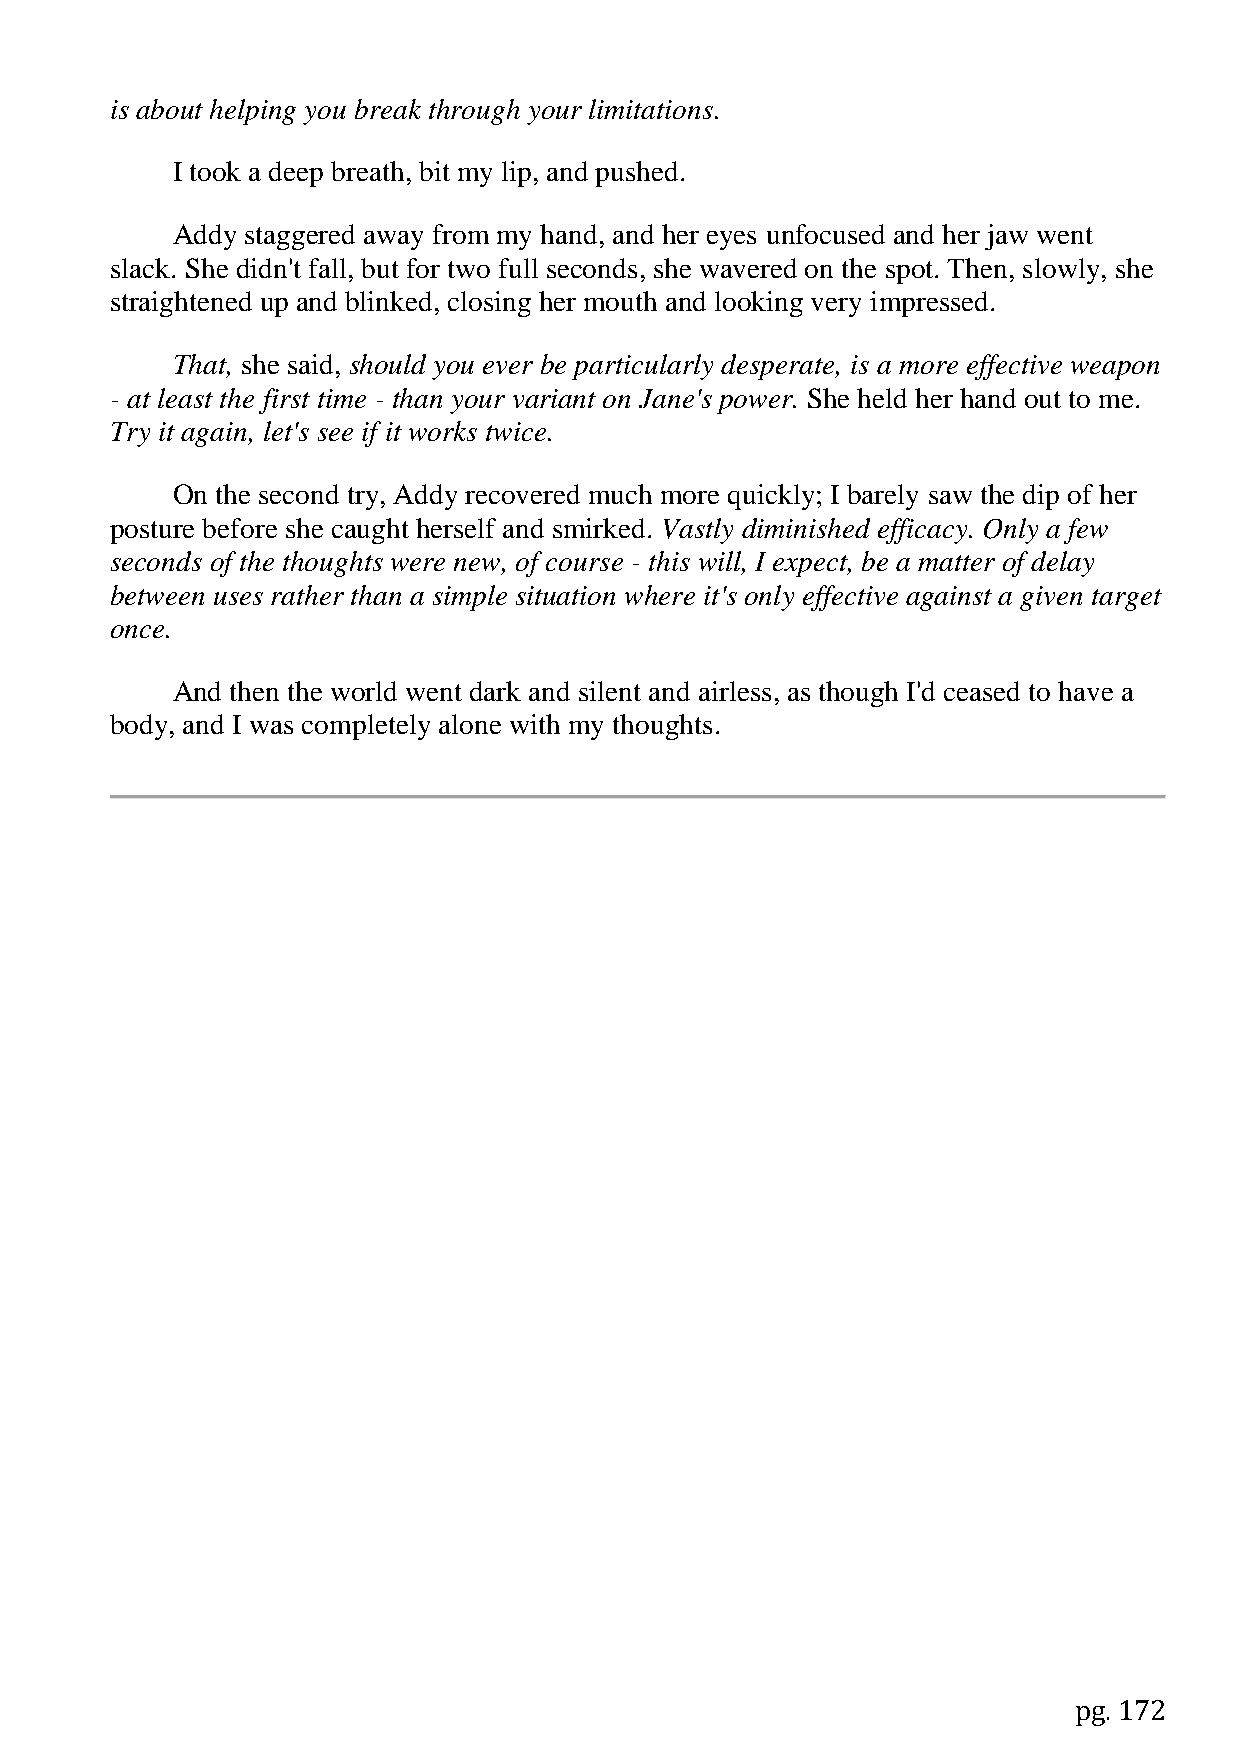
is about helping you break through your limitations.
 I took a deep breath, bit my lip, and pushed.
 Addy staggered away from my hand, and her eyes unfocused and her jaw went
 slack. She didn't fall, but for two full seconds, she wavered on the spot. Then, slowly, she
 straightened up and blinked, closing her mouth and looking very impressed.
 That, she said, should you ever be particularly desperate, is a more effective weapon
 - at least the first time - than your variant on Jane's power. She held her hand out to me.
 Try it again, let's see if it works twice.
 On the second try, Addy recovered much more quickly; I barely saw the dip of her
 posture before she caught herself and smirked. Vastly diminished efficacy. Only a few
 seconds of the thoughts were new, of course - this will, I expect, be a matter of delay
 between uses rather than a simple situation where it's only effective against a given target
 once.
 And then the world went dark and silent and airless, as though I'd ceased to have a
 body, and I was completely alone with my thoughts.
 pg. 172